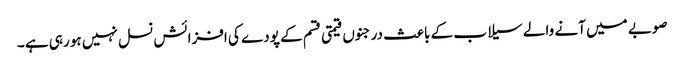
صوبے میں آنے والے سیلا ب کے باعث درجنوں قیمتی قسم کے پودے کی افزائش نسل نہیں ہو رہی ہے ۔